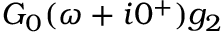
G _ { 0 } ( \omega + i 0 ^ { + } ) g _ { 2 }